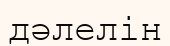
дәлелін